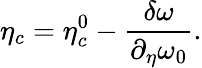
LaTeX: \eta_{c}=\eta_{c}^{0}-\frac{\delta\omega}{\partial_{\eta}\omega_{0}}.